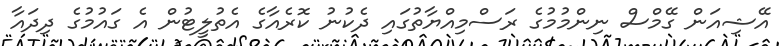
އޭޝިއަން ގޭމްސް ނިންމުމުގެ ރަސްމިއްޔާތުގައި ދެކުނު ކޮރެއާގެ އެތުލީޓުން އެ ގައުމުގެ ދިދައާ